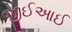
જીઈઆઈ